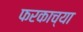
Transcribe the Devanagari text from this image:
फरकाच्या